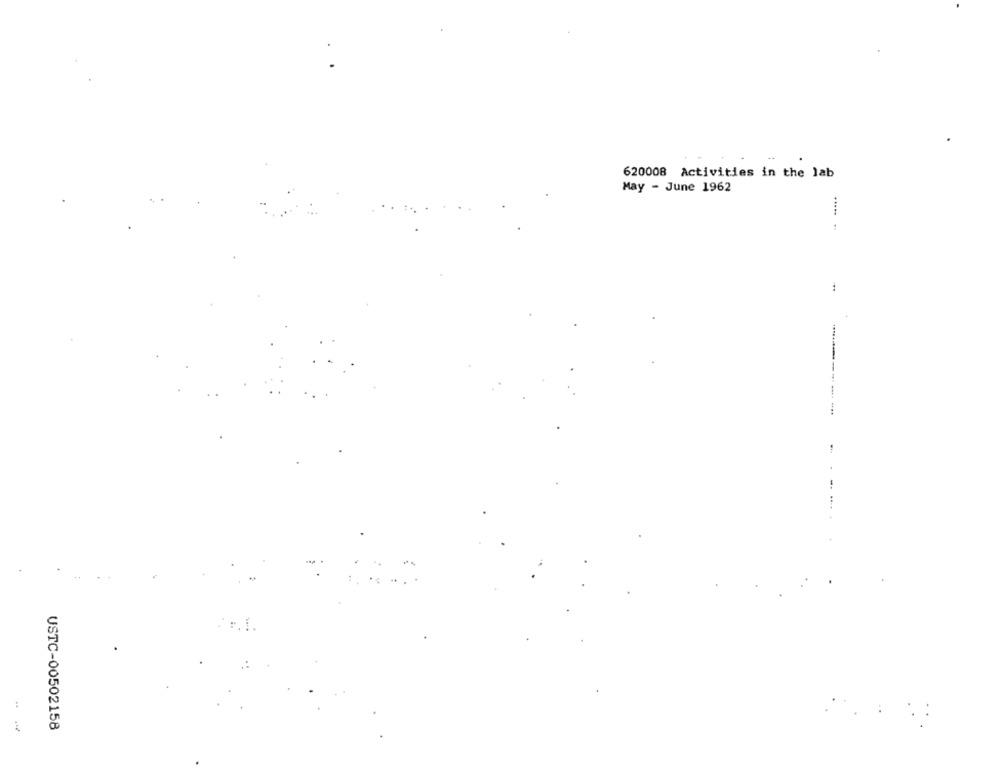
620008 Activities in the lab
May - June 1962
:
:. 1.
:
USTC-00502158